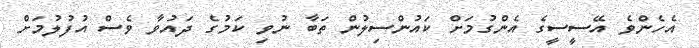
އެހެންވެ އޭސީސީގެ އެންގުމަށް ކައުންސިލުން ތަބާ ނުވި ކަމުގެ ދައުވާ ވެސް އުފުލުމަށް